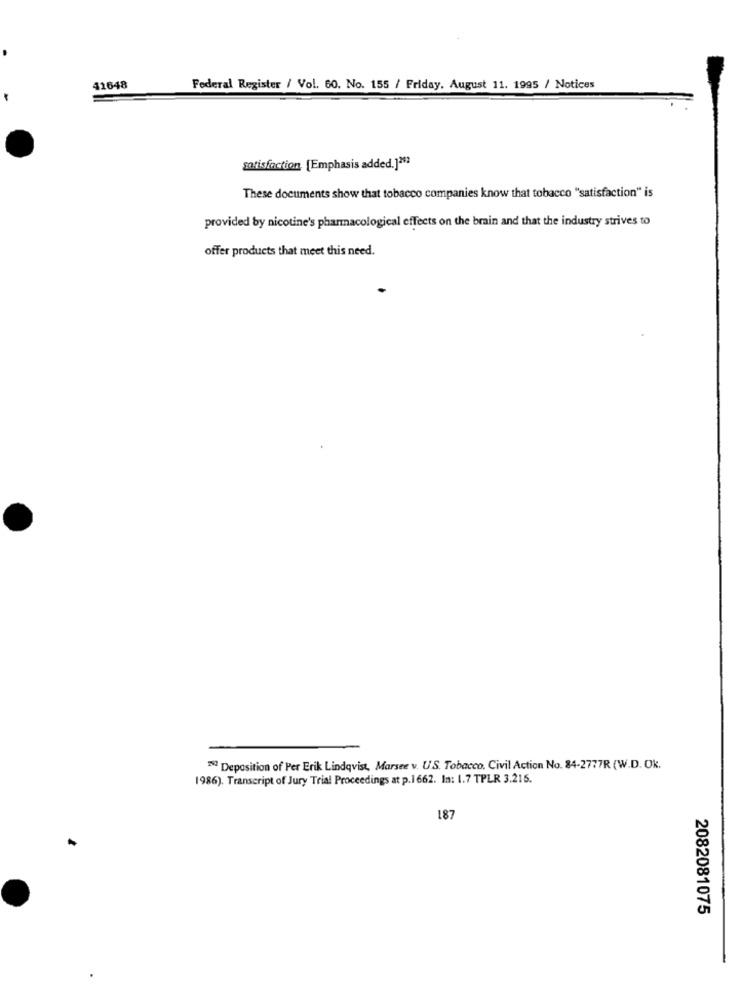
41648
Federal Register / Vol. 60, No. 155 / Friday, August 11. 1995 / Notices
satisfaction. [Emphasis added.]293
These documents show that tobacco companies know that tobacco "satisfaction" is
provided by nicotine's pharmacological effects on the brain and that the industry strives to
offer products that meet this need.
22 Deposition of Per Erik Lindqvist, Marsee v. U.S. Tobacco. Civil Action No. 84-2777R (W.D. Ok.
1986). Transcript of Jury Trial Proceedings at p.1 662. In: 1.7 TPLR 3.215.
187
2082081075